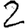
Digit: 2